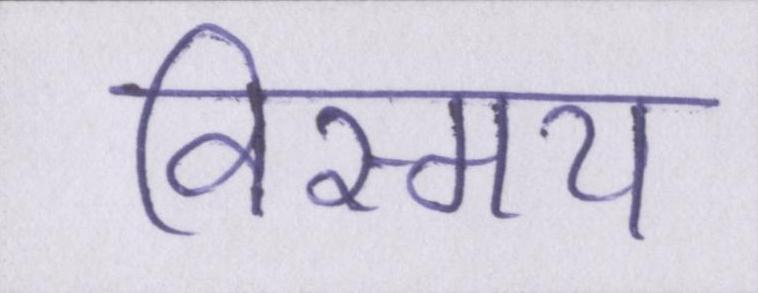
विस्मय